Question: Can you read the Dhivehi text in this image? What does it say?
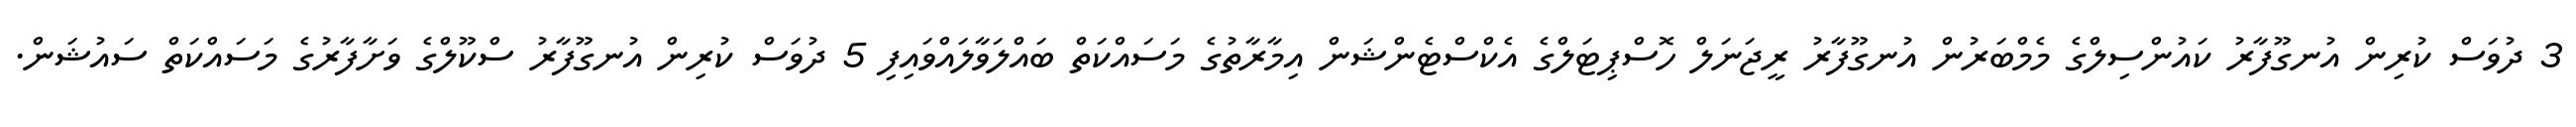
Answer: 3 ދުވަސް ކުރިން އުނގޫފާރު ކައުންސިލްގެ މެމްބަރުން އުނގޫފާރު ރީޖަނަލް ހޮސްޕިޓަލްގެ އެކްސްޓެންޝަން އިމާރާތުގެ މަސައްކަތް ބައްލަވާލައްވައިފި 5 ދުވަސް ކުރިން އުނގޫފާރު ސްކޫލްގެ ވަށާފާރުގެ މަސައްކަތް ސައުޝަން.